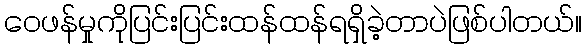
ဝေဖန်မှုကိုပြင်းပြင်းထန်ထန်ရရှိခဲ့တာပဲဖြစ်ပါတယ်။